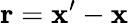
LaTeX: {\mathbf{r}}={\mathbf{x}}^{\prime}-{\mathbf{x}}